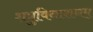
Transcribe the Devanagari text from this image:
शत्रुविनाशनम्